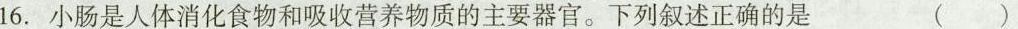
16.小肠是人体消化食物和吸收营养物质的主要器官。下列叙述正确的是 ()